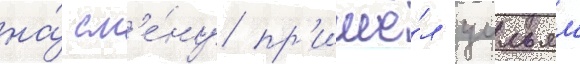
на́ см'е́ну пр'ишё́л уильям